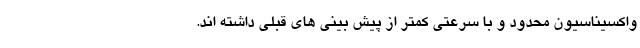
واکسیناسیون محدود و با سرعتی کمتر از پیش بینی های قبلی داشته اند.